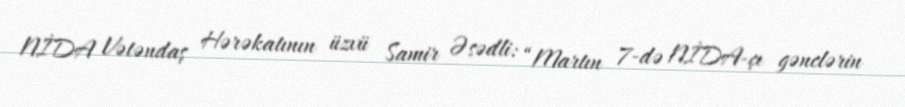
NİDA Vətəndaş Hərəkatının üzvü Samir Əsədli: “Martın 7-də NİDA-çı gənclərin